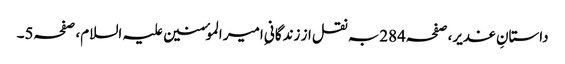
داستانِ غدیر،صفحہ284بہ نقل از زندگانیِ امیر الموٴمنین علیہ السلام، صفحہ5۔